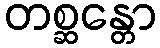
တစ္ဆန္တော